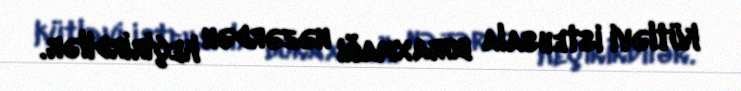
kütləvi istehsala buraxmağı nəzərdən keçirirdilər.